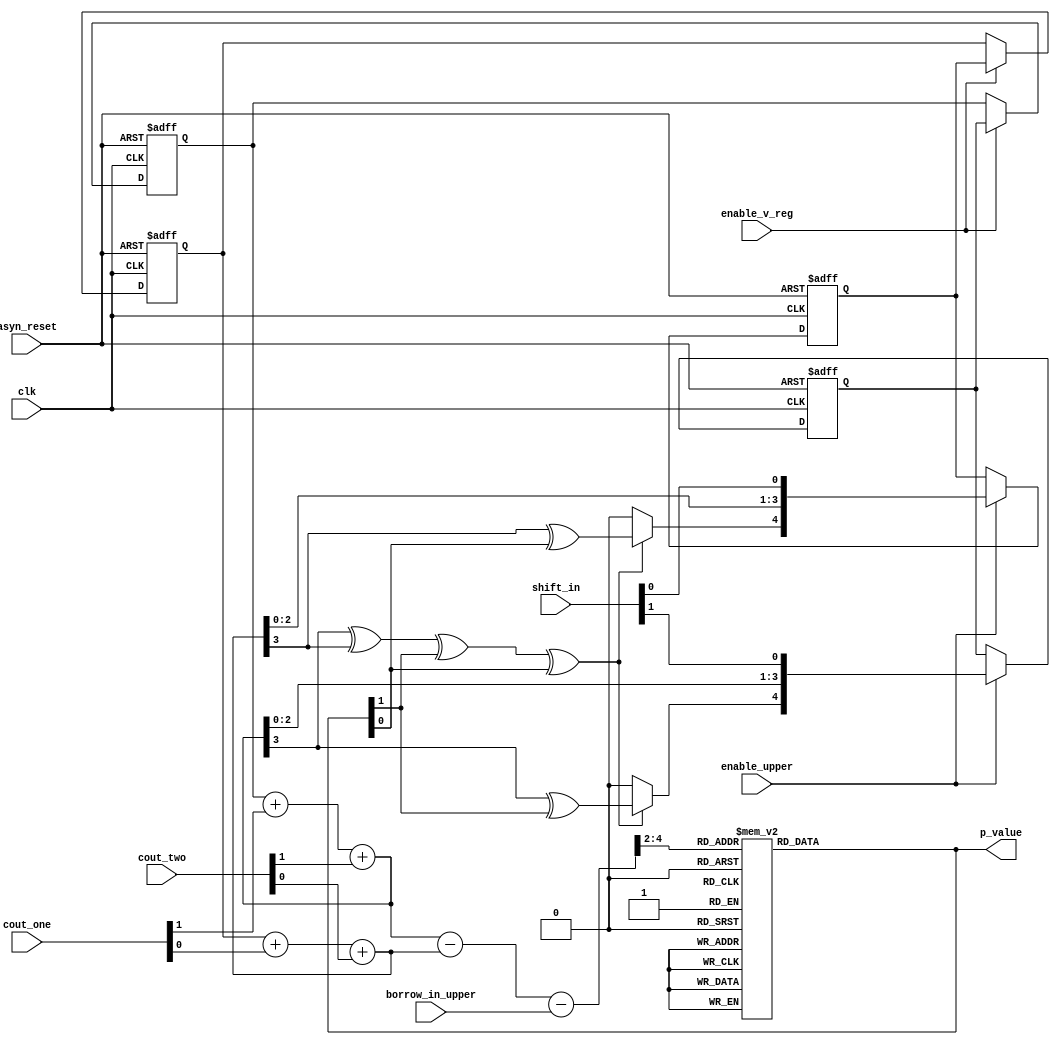
module V_upper_bits_control( cout_one, cout_two, shift_in, borrow_in_upper, clk, enable_upper,enable_v_reg, asyn_reset, p_value);


parameter UPPER_BITS= 5;
//input[UPPER_BITS-1 : 0] vec_in_plus, vec_in_minus;
input clk;
input borrow_in_upper;
input [1:0] cout_one, cout_two;
input [1:0] shift_in;
input enable_upper,enable_v_reg, asyn_reset;
output [1:0] p_value;
//output [UPPER_BITS-1 : 0]vec_out_plus, vec_out_minus;

 
reg [UPPER_BITS-1 : 0] v_value_plus, v_value_minus, w_value_plus, w_value_minus, res_value_plus, res_value_minus,w_stored_plus,w_stored_minus;
reg [1:0] p_value;

wire [UPPER_BITS-1 : 0] v_upper_value;
wire [2:0] v_sample;
wire [UPPER_BITS-1 : 0] w_value; 
//wire[1:0] esti_p_value;

// V reg
always @ (posedge clk or posedge asyn_reset) begin
	if (asyn_reset == 1) begin
		res_value_plus <= 0;
		res_value_minus <= 0;
		w_stored_plus <= 0;
		w_stored_minus <= 0;

	end
	else begin
		if (enable_upper == 1) begin //enable before a cycle of last read
			w_stored_plus <= w_value_plus;
			w_stored_minus <= w_value_minus;
		end
		if (enable_v_reg == 1) begin
			res_value_plus <= w_stored_plus;
			res_value_minus <= w_stored_minus;
		end
	end
end
 
always @ (*) begin

	v_value_plus <= res_value_plus + cout_one[1]+ cout_two[1];
	v_value_minus <= res_value_minus + cout_one[0]+ cout_two[0];

end
 
// V Block & SELM logic to produce pj+1
assign v_upper_value = v_value_plus - v_value_minus -borrow_in_upper; //signed representation
assign v_sample = v_upper_value [UPPER_BITS-1:UPPER_BITS-3];

//assign esti_p_value=v_value_plus[UPPER_BITS-1:UPPER_BITS-2]- v_value_minus[UPPER_BITS-1:UPPER_BITS-2];

//assign esti_p_value = v_upper_value[UPPER_BITS-1: UPPER_BITS-2];

always @* begin
	case(v_sample)
		3'b011: p_value <= 2'b10;
		3'b010: p_value <= 2'b10;
		3'b001: p_value <= 2'b10;
		3'b000: p_value <= 2'b00;
		3'b111: p_value <= 2'b00;
		3'b110: p_value <= 2'b01;
		3'b101: p_value <= 2'b01;
		3'b100: p_value <= 2'b01;
	endcase
end

// compute 2w[j+1] 


///////////////////////////////////////////////////////////////////////
// perform like the M block & shifting
always @ (*) begin
	if (v_value_plus[UPPER_BITS-2] ^v_value_minus[UPPER_BITS-2] ^ p_value[1] ^ p_value[0]) begin
			w_value_plus[UPPER_BITS-1]= v_value_plus[UPPER_BITS-2]^ p_value[1];
			w_value_minus[UPPER_BITS-1] = v_value_minus[UPPER_BITS-2]^ p_value[0];
		end
	else begin
		w_value_plus[UPPER_BITS-1]= 0;
		w_value_minus[UPPER_BITS-1] = 0;	
	end
	
	w_value_plus[UPPER_BITS-2:0] = {v_value_plus[UPPER_BITS-3:0],shift_in[1]};
	w_value_minus[UPPER_BITS-2:0] = {v_value_minus[UPPER_BITS-3:0],shift_in[0]};
end

endmodule